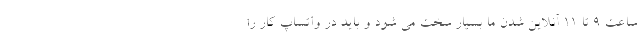
ساعت ۹ تا ۱۱ آنلاین شدن ما بسیار سخت می شود و باید در واتساپ کار را